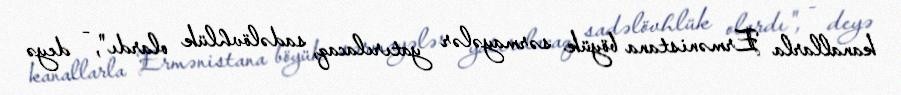
kanallarla Ermənistana böyük sərmayələr yatırılacaq, sadəlövhlük olardı", - deyə